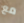
مع